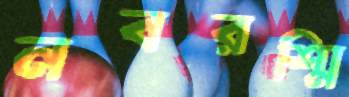
নবরশ্মি